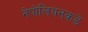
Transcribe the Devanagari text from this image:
नेपोलियनकडे